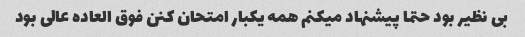
بی نظیر بود حتما پیشنهاد میکنم همه یکبار امتحان کنن فوق العاده عالی بود